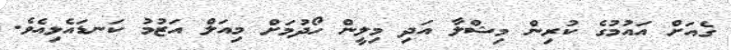
ގެއަށް އައުމުގެ ކުރިން މިޝްލާ އަދި މިލީން ހޯދުމަށް މިއަލް އަޒުމު ކަނޑައެޅިއެވެ.